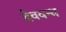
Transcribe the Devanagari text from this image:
देववन्ध